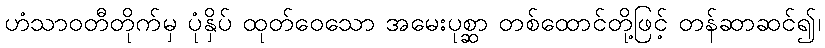
ဟံသာဝတီတိုက်မှ ပုံနှိပ် ထုတ်ဝေသော အမေးပုစ္ဆာ တစ်ထောင်တို့ဖြင့် တန်ဆာဆင်၍၊